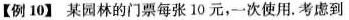
【例10】某园林的门票每张10元，一次使用。考虑到